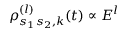
\rho _ { s _ { 1 } s _ { 2 } , k } ^ { ( l ) } ( t ) \propto E ^ { l }